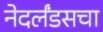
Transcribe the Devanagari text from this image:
नेदर्लंडसचा